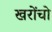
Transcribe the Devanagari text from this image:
खरोंचो